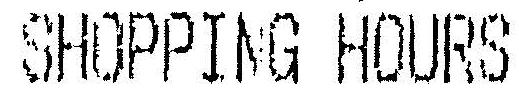
SHOPPING HOURS